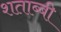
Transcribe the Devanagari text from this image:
शताब्बी